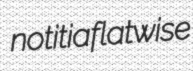
notitia flatwise